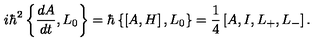
i \hbar ^ { 2 } \left\{ \frac { d A } { d t } , L _ { 0 } \right\} = \hbar \left\{ \left[ A , H \right] , L _ { 0 } \right\} = \frac { 1 } { 4 } \left[ A , I , L _ { + } , L _ { - } \right] .